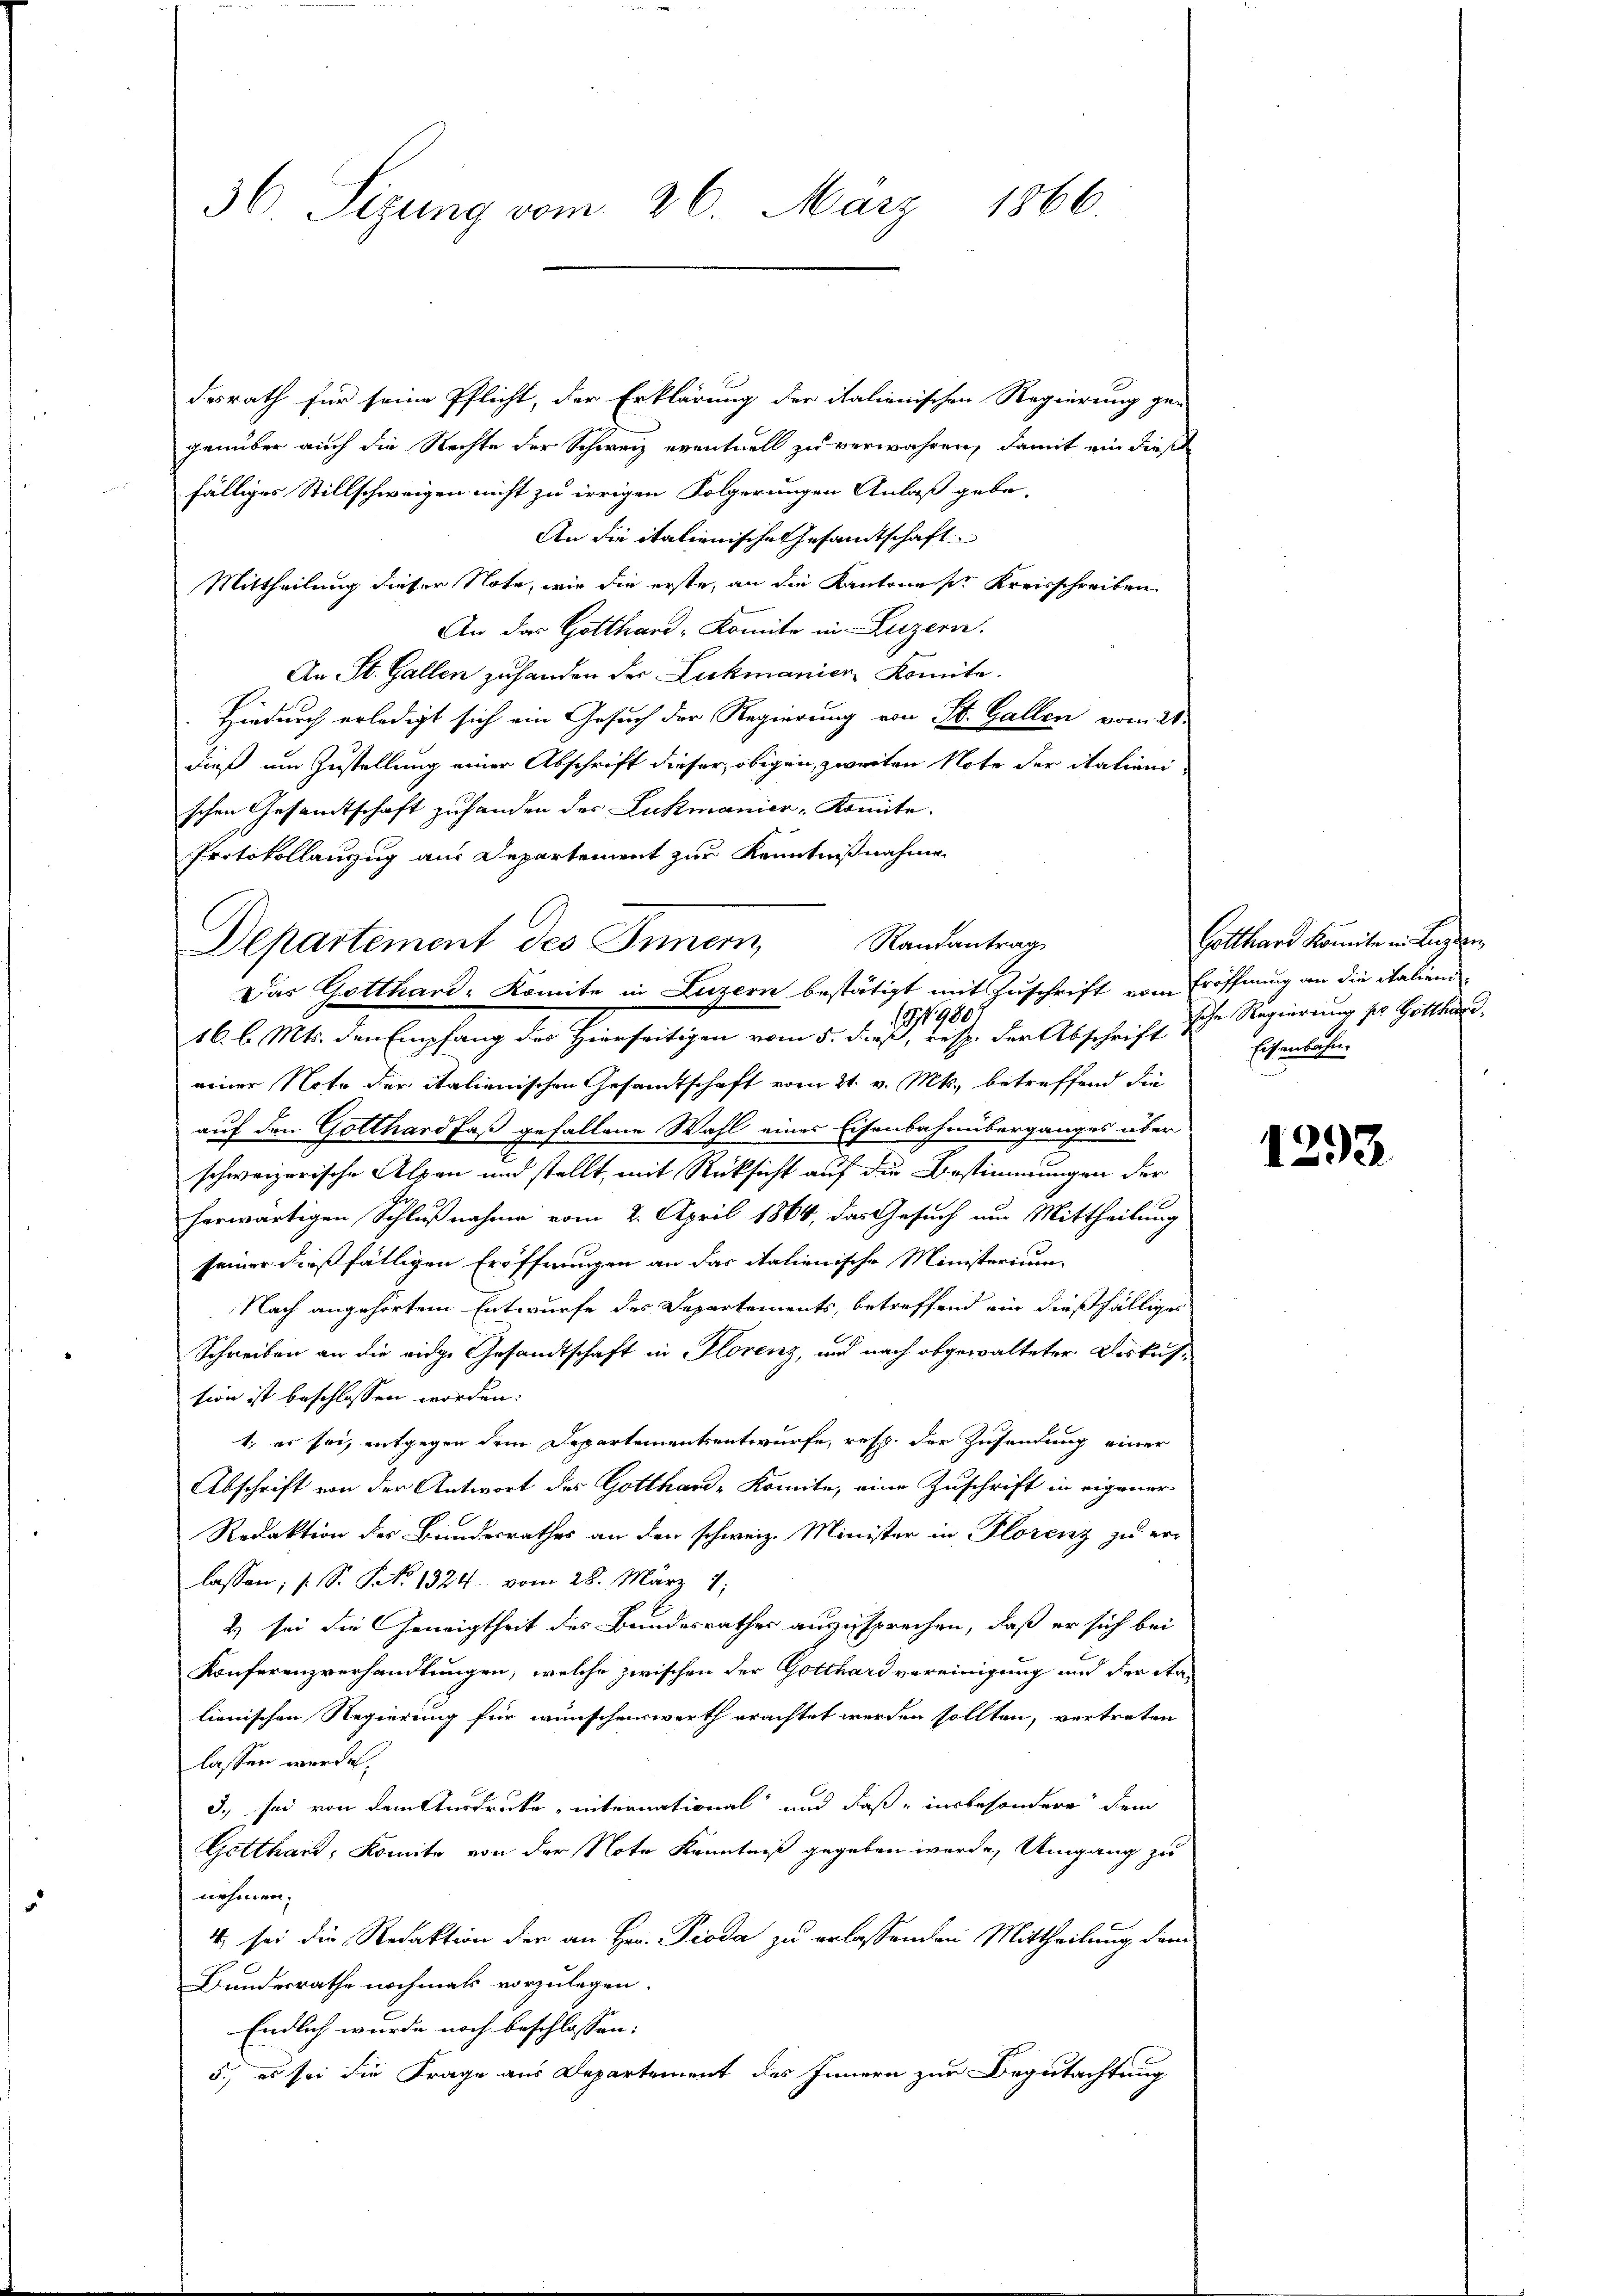
36. Sizung vom 26. März 1866.

desrath für seine Pflicht, der Erklärung der italienischen Regierung ge-
genüber auch die Rechte der Schweiz eventuell zu verwahren, damit ein dieß
fälliges Stillschweigen nicht zu irrigen Folgerungen Anlaß gebe-
An die italienische Gesandtschaft
Mittheilung dieser Note, wie die erste, an die Kantonesr Kreisschreiben.
An das Gotthard-Komite in Luzern.
An St. Gallen zu handen der Lukmanier, Komite.
Hiedurch erledigt sich ein Gesuch der Regierung von St. Gallen vom 21.
dieß um Zustellung einer Abschrift dieser, obigen, zweiten Note der Salienischen Gesamtschaft zuhanden der Lukmanier-Komite.
Protokollanzug aus Departement zur Kenntnißnahme
16. b. Mts. den Empfang des Hierseitigen vom 5. Diens der Abschrift sche Regierung ser Gotth
einer Note der italienischen Gesamtschaft vom 21. v. Mts., betreffend die
auf den Gotthard faß gefallene Wahl eines Eisenbahnüberganges über
schweizerische Alpen und stellt, mit Rücksicht auf die Bestimmungen der
herwärtigen Schlußnahme vom 2. April 1864, das Gesuch um Mittheilung
seiner dießfälligen Eröffnungen an das italienische Ministerium
Nach angehörtem Entwurfe des Departements, betreffend ein dießfälliger
Schreiben an die eidge Gesandtschaft in Florenz, und nach abgewalteter Diskustion ist beschlossen worden.
1, er sei, entgegen dem Departementsentwurfe, resp. der Zusendung einer
Abschrift von der Antwort des Gotthard-Komite, eine Zuschrift in eigener
Redaktion des Bundesrathes an den schweiz. Minister in Florenz zu erlassen, s. S. No 1324. vom 28. März 1
2) sei die Geneigtheit des Bundesrathes auszusprechen, daß er sich bei
Konferenzverhandlungen, welche zwischen der Gotthard vereinigung und der Sta
lienischen Regierung für wünschenswerth erachtet werden sollten, vertreten
lassen werde.
3., sei von dem Ausdrucke, international und daß insbesondere dem
Gotthard, Komite von der Note Kenntniß gegeben werde, Umgang zu
nehmen.
4. sei die Redaktion der an Hr. Pioda zu erlassenden Mittheilung dem
Bundesrathe nochmals vorzulegen.
Endlich wurde noch beschlossen:
5., es sei die Frage aus Departement des Innern zur Begutachtung

Departement des Innern Randantrag
Das Gotthard-Komite in Luzern bestätigt mit Zuschrift vom Eröffnung an die Salieni¬

Gotthard Komite in Luzern,
Eisenbahn.

1292